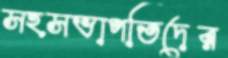
সহসভাপতিদের